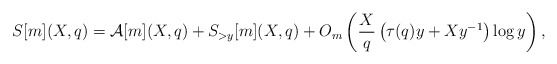
\begin{align*}S[m](X,q)=\mathcal{A}[m](X,q)+S_{> y}[m](X,q)+O_m\left(\dfrac{X}{q}\left(\tau(q)y+ Xy^{-1}\right)\log y\right),\end{align*}